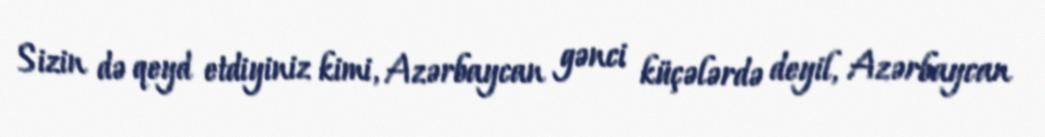
Sizin də qeyd etdiyiniz kimi, Azərbaycan gənci küçələrdə deyil, Azərbaycan